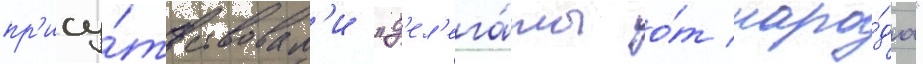
пр'ису́тствовал'и "д'ел'ега́ты о́т наро́да"